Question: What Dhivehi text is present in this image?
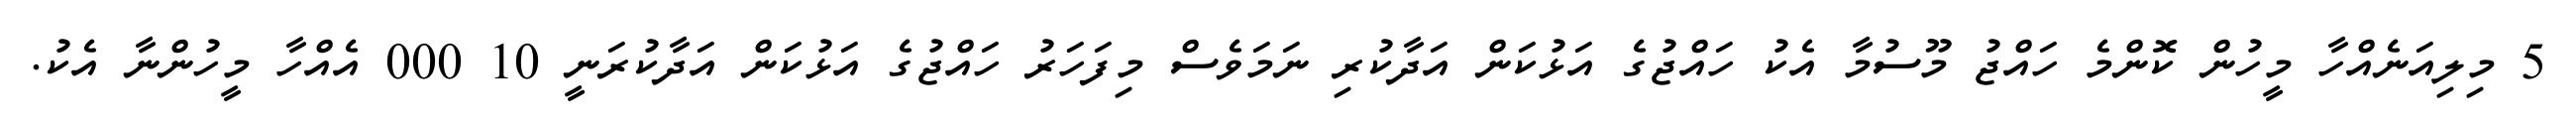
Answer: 5 މިލިއަނެއްހާ މީހުން ކޮންމެ ހައްޖު މޫސުމާ އެކު ހައްޖުގެ އަޅުކަން އަދާކުރި ނަމަވެސް މިފަހަރު ހައްޖުގެ އަޅުކަން އަދާކުރަނީ 10 000 އެއްހާ މީހުންނާ އެކު.